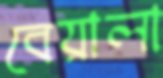
বেয়ালা